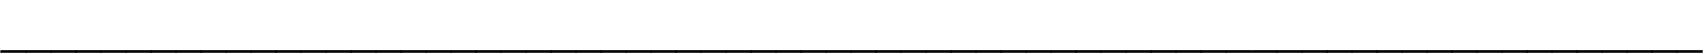
____________________________________________________________________